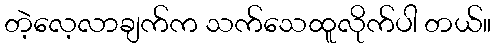
တဲ့လေ့လာချက်က သက်သေထူလိုက်ပါ တယ်။